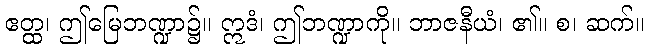
ဧတ္ထ၊ ဤမြေဘဏ္ဍာ၌။ ဣဒံ၊ ဤဘဏ္ဍာကို။ ဘာဇနီယံ၊ ၏။ စ၊ ဆက်။